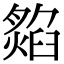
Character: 𤎡